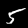
Digit: 5